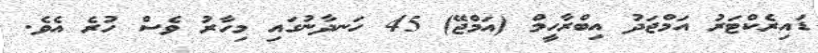
ޑައިރެކްޓަރު އަމްޖަދު އިބްރާހީމް (އަމްޖޭ) 45 ހަނދާނުގައި މިހާރު ވެސް ހުރެ އެވެ.